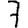
Digit: 7